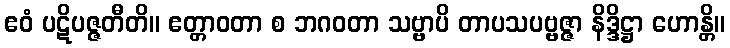
ဧဝံ ပဋိပဇ္ဇတီတိ။ ဧတ္တာဝတာ စ ဘဂဝတာ သဗ္ဗာပိ တာပသပဗ္ဗဇ္ဇာ နိဒ္ဒိဋ္ဌာ ဟောန္တိ။